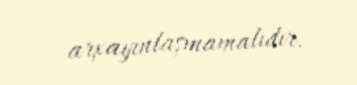
arxayınlaşmamalıdır.